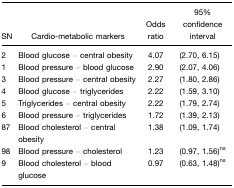
| SN | Cardio-metabolic markers | Odds ratio | 95% confidence interval |
 | --- | --- | --- | --- |
 | 2 | Blood glucose – central obesity | 4.07 | (2.70, 6.15) |
 | 1 | Blood pressure – blood glucose | 2.90 | (2.07, 4.06) |
 | 3 | Blood pressure – central obesity | 2.27 | (1.80, 2.86) |
 | 4 | Blood glucose – triglycerides | 2.22 | (1.59, 3.10) |
 | 5 | Triglycerides – central obesity | 2.22 | (1.79, 2.74) |
 | 6 | Blood pressure – triglycerides | 1.72 | (1.39, 2.13) |
 | 87 | Blood cholesterol – central obesity | 1.38 | (1.09, 1.74) |
 | 98 | Blood pressure – cholesterol | 1.23 | (0.97, 1.56)ns |
 | 9 | Blood cholesterol – blood glucose | 0.97 | (0.63, 1.48)ns |